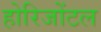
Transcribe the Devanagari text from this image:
होरिजोंटल